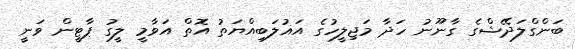
ބަންގްލަދޭޝްގެ ގާނޫނު ހަދާ މަޖިލީހުގެ އަޣުލަބިއްޔަތު އޮތް އަވާމީ ލީގު ޕާޓީން ވަނީ